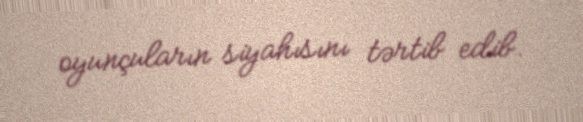
oyunçuların siyahısını tərtib edib.